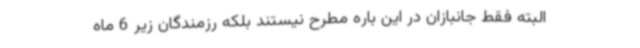
البته فقط جانبازان در این باره مطرح نیستند بلکه رزمندگان زیر 6 ماه